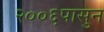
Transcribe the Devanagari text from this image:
२००६पासुन